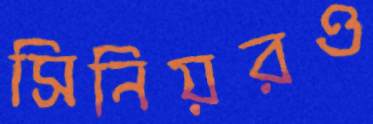
সিনিয়রও